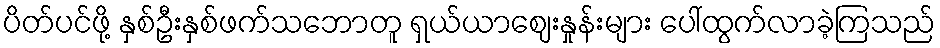
ပိတ်ပင်ဖို့ နှစ်ဦးနှစ်ဖက်သဘောတူ ရှယ်ယာဈေးနှုန်းများ ပေါ်ထွက်လာခဲ့ကြသည်